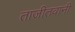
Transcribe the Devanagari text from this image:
ताजीतवानी